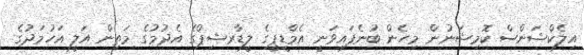
އިލެކްޝަންސް ކޮމިޝަނުން މިހެން ބުނެފައިވަނީ އެމްޑީޕީގެ ލީޑާރޝިޕްގެ އެދުމުގެ މަތިން އަލީ އަހުމަދުގެ